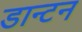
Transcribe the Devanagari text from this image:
डान्टन